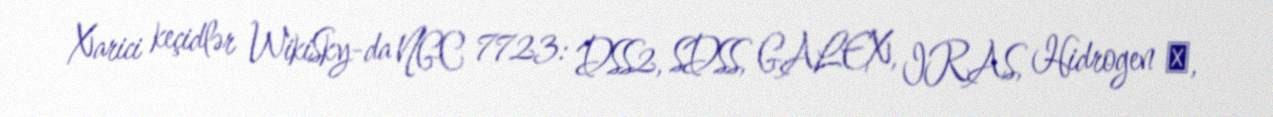
Xarici keçidlər WikiSky-da NGC 7723: DSS2, SDSS, GALEX, IRAS, Hidrogen α,